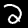
Label: 2